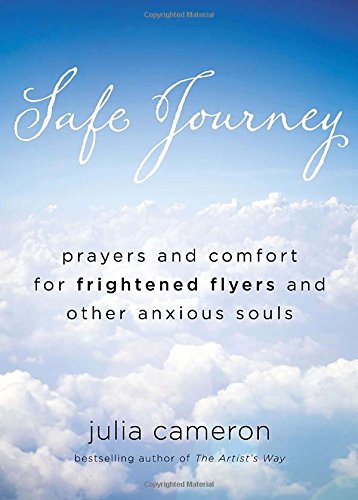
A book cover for Safe Journey: Prayers and Comfort for Frightened Flyers and Other Anxious Souls; Julia Cameron; Travel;